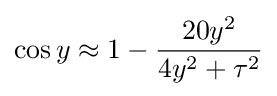
\cos y\approx 1-{\frac {20y^{2}}{4y^{2}+\tau ^{2}}}